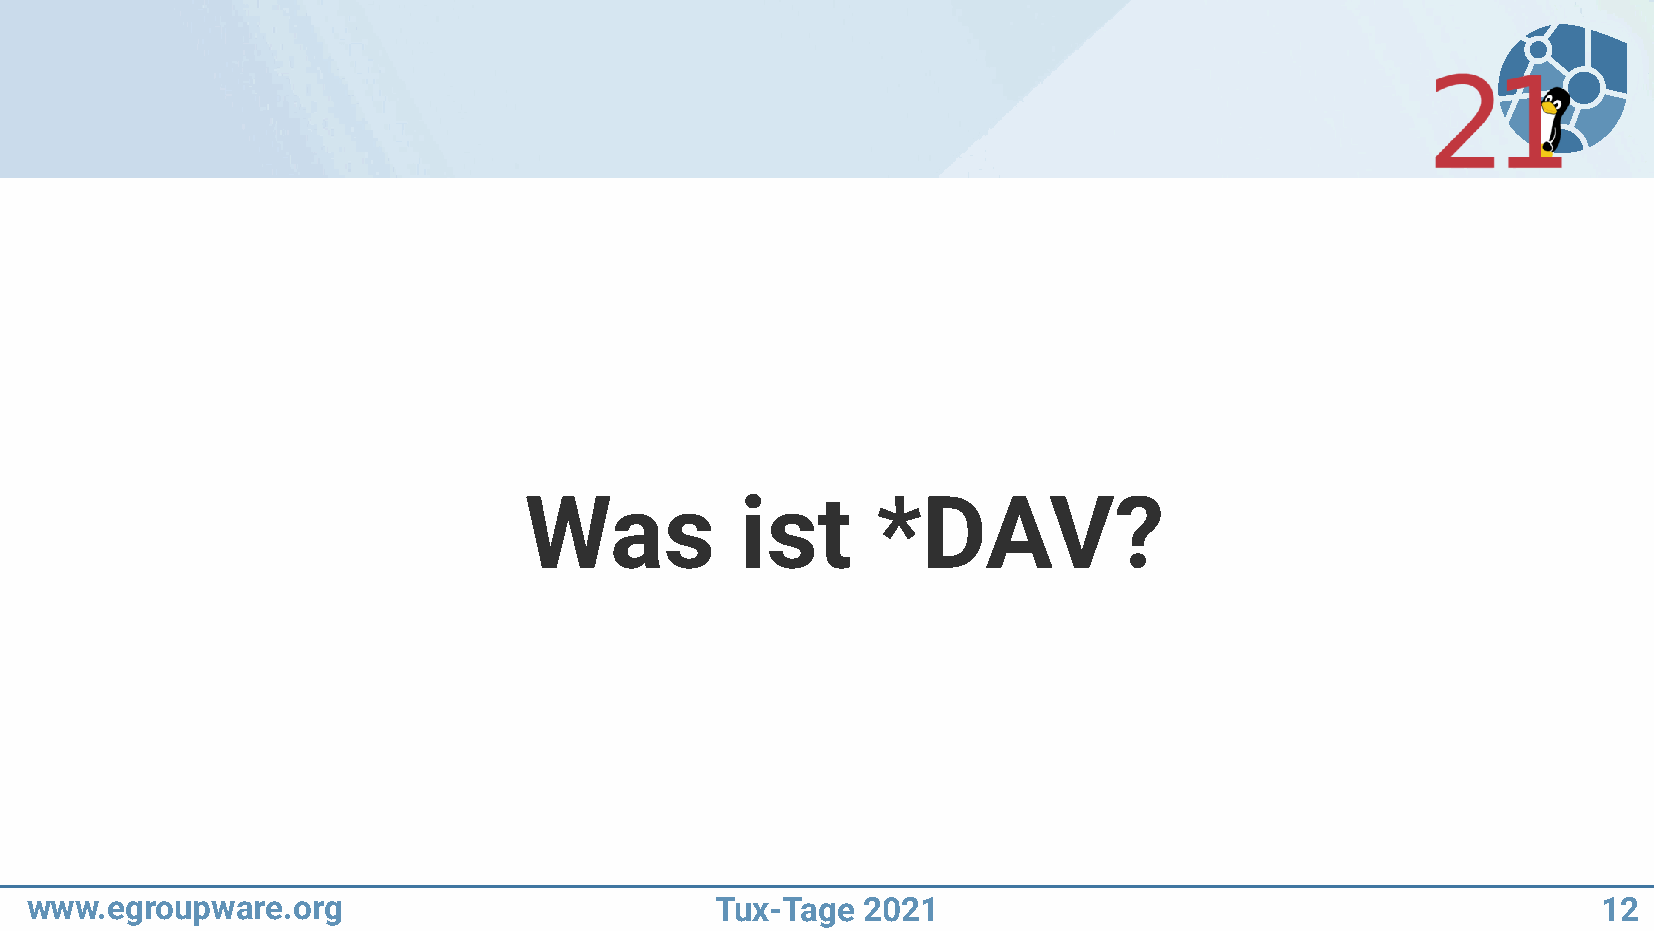
Was           ist      *DAV?
 www.egroupware.org                           Tux-Tage  2021                                             12